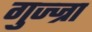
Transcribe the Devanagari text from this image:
गुज्ज्रा